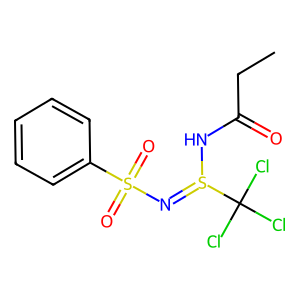
SMILES: CCC(=O)NS(=NS(=O)(=O)c1ccccc1)C(Cl)(Cl)Cl
Inhibits HIV replication: No